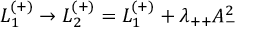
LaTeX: { \cal L } _ { 1 } ^ { ( + ) } \rightarrow { \cal L } _ { 2 } ^ { ( + ) } = { \cal L } _ { 1 } ^ { ( + ) } + \lambda _ { + + } A _ { - } ^ { 2 }